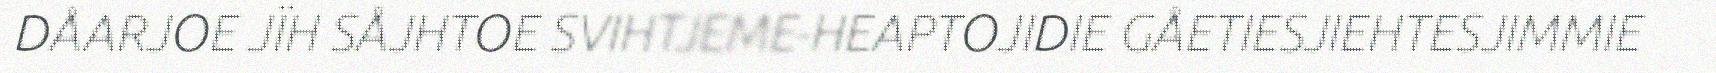
DÅARJOE JÏH SÅJHTOE SVIHTJEME-HEAPTOJIDIE GÅETIESJIEHTESJIMMIE